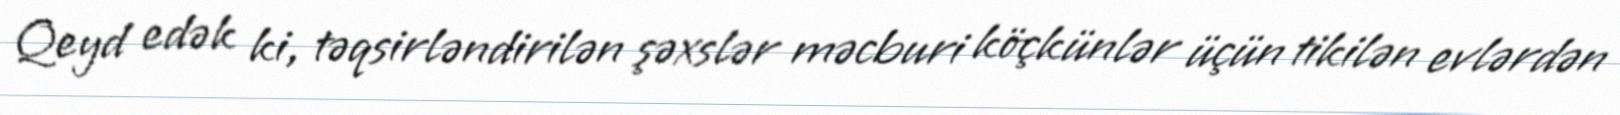
Qeyd edək ki, təqsirləndirilən şəxslər məcburi köçkünlər üçün tikilən evlərdən